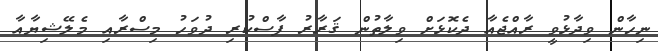
ނިހާން ވިދާޅުވީ ރާއްޖެއާ ދެކޮޅަށް ވިލާތުން ޤަރާރު ފާސްކުރި ދުވަހު މިސްރާއި މެލޭޝިޔާއާ